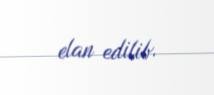
elan edilib.